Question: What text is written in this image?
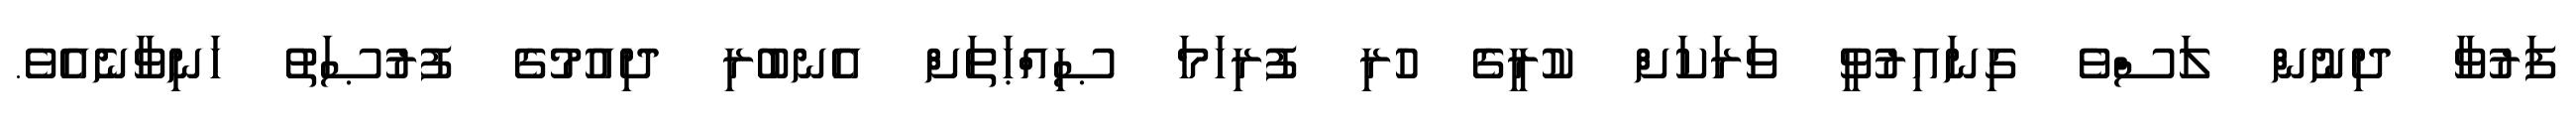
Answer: ފަރުވާ ދިނުން ލަސްވެ ގިނައިރުވީ ވަރަކަށް ކުރީގެ ހުރި ފުރިހަމަ ޞިއްޙަތަށް އެނބުރި ދިއުމުގެ ފުރުޞަތު ހަނިވާނެއެވެ.